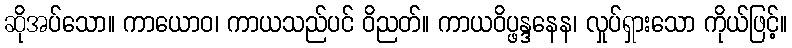
ဆိုအပ်သော။ ကာယောဝ၊ ကာယသည်ပင် ဝိညတ်။ ကာယဝိပ္ဖန္ဒနေန၊ လှုပ်ရှားသော ကိုယ်ဖြင့်။